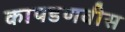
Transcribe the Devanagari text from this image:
कापडणवीस